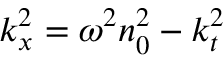
k _ { x } ^ { 2 } = \omega ^ { 2 } n _ { 0 } ^ { 2 } - k _ { t } ^ { 2 }